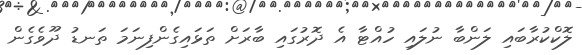
ލޮކްކުރާބައި ލަންބާ ނުލައި ހުއްޓާ އެ ދޮރުގައި ބާރަށް ތަޅައިގެންފިނަމަ ތަނޑު ދޫވެގެން